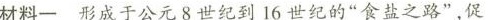
材料一形成于公元8世纪到16世纪的”食盐之路”，促